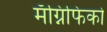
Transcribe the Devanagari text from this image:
मॅग्निफिको